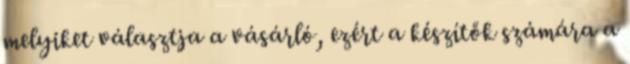
melyiket választja a vásárló, ezért a készítők számára a